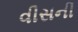
વીસની